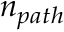
n _ { p a t h }